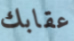
عقابك